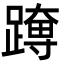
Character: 𮜊